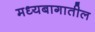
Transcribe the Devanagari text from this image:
मध्यबागातील